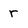
Character: r